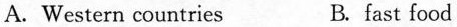
A. Western countries B. fast food